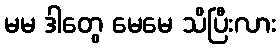
မမ ဒါတွေ မေမေ သိပြီးလား